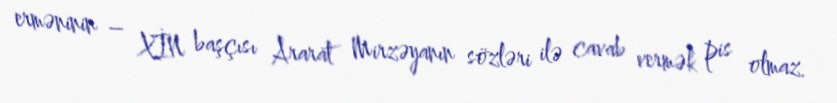
erməninin – XİN başçısı Ararat Mirzəyanın sözləri ilə cavab vermək pis olmaz.